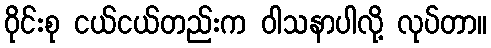
ဝိုင်းစု ငယ်ငယ်တည်းက ဝါသနာပါလို့ လုပ်တာ။